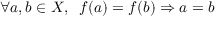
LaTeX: \forall a , b \in X , \; \; f ( a ) = f ( b ) \Rightarrow a = b